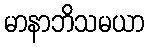
မာနာဘိသမယာ